Report of the Indian Hemp Drugs Commission, 1894-1895 - Volume VII
Year: 1894
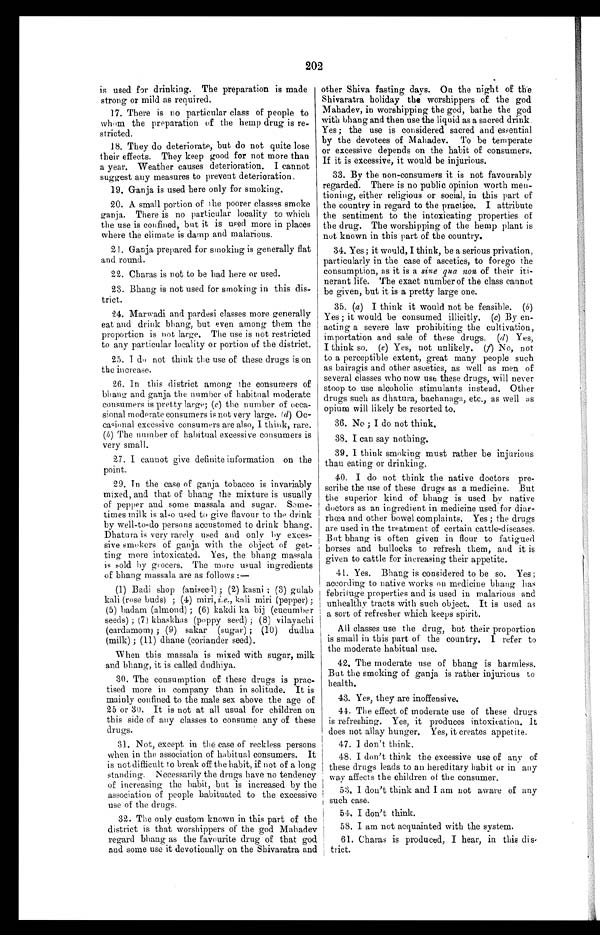
202
is used for drinking. The preparation is made
strong or mild as required.
17. There is no particular class of people to
whom the preparation of the hemp drug is re-
stricted.
18. They do deteriorate, but do not quite lose
their effects. They keep good for not more than
a year. Weather causes deterioration. I cannot
suggest any measures to prevent deterioration.
19. Ganja is used here only for smoking.
20. A small portion of the poorer classes smoke
ganja. There is no particular locality to which
the use is confined, but it is used more in places
where the climate is damp and malarious.
21. Ganja prepared for smoking is generally flat
and round.
22. Chains is not to be had here or used.
23. Bhang is not used for smoking in this dis-
trict.
24. Marwadi and pardesi classes more generally
eat and drink bhang, but even among them the
proportion is not large. The use is not restricted
to any particular locality or portion of the district.
25. I do not think the use of these drugs is on
the increase.
26. In this district among the consumers of
bhang and ganja the number of habitual moderate
consumers is pretty large; (c) the number of occa-
sional moderate consumers is not very large. ( d) Oc-
casional excessive consumers are also, I think, rare.
( b ) The number of habitual excessive consumers is
very small.
27. I cannot give definite information on the
point.
29. In the case of ganja tobacco is invariably
mixed, and that of bhang the mixture is usually
of pepper and some massala and sugar. Some-
times milk is also used to give flavour to the drink
by well-to-do persons accustomed to drink bhang.
Dhatura is very rarely used and only by exces-
sive smokers of ganja with the object of get-
ting more intoxicated. Yes, the bhang massala
is sold by grocers, The more usual ingredients
of bhang massala are as follows :—
(1) Badi shop (aniseed) ; (2) kasni ; (3) gulab
kali (rose buds) ; (4) miri, i.e., kali miri (pepper);
(5) badam (almond) ; (6) kakdi bij (cucumber
seeds) ; (7) khaskhas (poppy seed) ; (8) vilayachi
(cardamom) ; (9) sakar (sugar) ; (10) dudha
(milk) ; (11) dhane (coriander seed).
When this massala is mixed with sugar, milk
and bhang, it is called dudhiya.
30. The consumption of these drugs is prac-
tised more in company than in solitude. It is
mainly confined to the male sex above the age of
25 or 30. It is not at all usual for children on
this side of any classes to consume any of these
drugs.
31. Not, except in the case of reckless persons
when in the association of habitual consumers. It
is not difficult to break off the habit, if not of a long
standing, . Necessarily the drugs have no tendency
of increasing the habit, but is increased by the
association of people habituated to the excessive
use of the drugs,
32. The only custom known in this part of the
district is that worshippers of the god Mahadev
regard bhang as the favourite drug of that god
and some use it devotionally on the Shivaratra and
other Shiva fasting days. On the night of the
Shivaratra holiday the worshippers of the god
Mahadev, in worshipping the god, bathe the god
with bhang and then use the liquid as a sacred drink,
Yes ; the use is considered sacred and essential
by the devotees of Mahadev. To be temperate
or excessive depends on the habit of consumers.
If it is excessive, it would be injurious.
33. By the non-consumers it is not favourably
regarded. There is no public opinion worth men-
tioning, either religious or social, in this part of
the country in regard to the practice. I attribute
the sentiment to the intoxicating properties of
the drug. The worshipping of the hemp plant is
not known in this part of the country.
34. Yes; it would, I think, be a serious privation,
particularly in the case of ascetics, to forego the
consumption, as it is a sine qua non of their iti-
nerant life. The exact number of the class cannot
be given, but it is a pretty large one.
35. (a) I think it would not be feasible. ( b)
Yes ; it would be consumed illicitly. (c) By en-
acting a severe law prohibiting the cultivation,
importation and sale of these drugs. ( d ) Yes,
I think so. (e) Yes, not unlikely. (f) No, not
to a perceptible extent, great many people such
as bairagis and other ascetics, as well as men of
several classes who now use these drugs, will never
stoop to use alcoholic stimulants instead. Other
drugs such as dhatura, bachanaga, etc., as well as
opium will likely be resorted to.
36. No ; I do not think,
38. I can say nothing.
39. I think smoking must rather be injurious
than eating or drinking.
40. I do not think the native doctors pre-
scribe the use of these drugs as a medicine. But
the superior kind of bhang is used by native
doctors as an ingredient in medicine used for diar-
rhoea and other bowel complaints. Yes ; the drugs
are used in the treatment of certain cattle-diseases.
But bhang is often given in flour to fatigued
horses and bullocks to refresh them, and it is
given to cattle for increasing their appetite.
41. Yes. Bhang is considered to be so. Yes ;
according to native works on medicine bhang has
febrituge properties and is used in malarious and
unhealthy tracts with such object. It is used as
a sort of refresher which keeps spirit.
All classes use the drug, but their proportion
is small in this part of the country. I refer to
the moderate habitual use.
42. The moderate use of bhang is harmless.
But the smoking of ganja is rather injurious to
health.
43. Yes, they are inoffensive.
44. The effect of moderate use of these drugs
is refreshing. Yes, it produces intoxication. It
does not allay hunger. Yes, it creates appetite.
47. I don't think.
48. I don't think the excessive use of any of
these drugs leads to an hereditary habit or in any
way affects the children of the consumer.
53. I don't think and I am not aware of any
such case.
54. I don't think.
58. I am not acquainted with the system.
61. Charas is produced, I hear, in this dis-
trict.